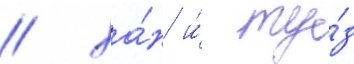
/ ха́н и́ ту́з